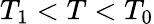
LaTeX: T_{1}<T<T_{0}